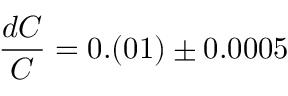
\frac { d C } { C } = 0 . ( 0 1 ) \pm 0 . 0 0 0 5